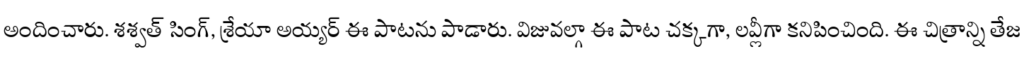
అందించారు. శశ్వత్ సింగ్, శ్రేయా అయ్యర్ ఈ పాటను పాడారు. విజువల్గా ఈ పాట చక్కగా, లవ్లీగా కనిపించింది. ఈ చిత్రాన్ని తేజ